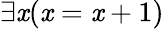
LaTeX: \exists\mathit{x}(\mathit{x}=\mathit{x}+1)